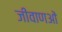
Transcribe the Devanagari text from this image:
जीवाणओं